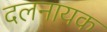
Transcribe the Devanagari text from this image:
दलनायक